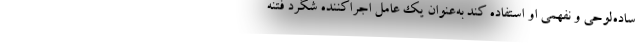
ساده‌لوحی و نفهمی او استفاده کند به‌عنوان یک عامل اجراکننده شگرد فتنه